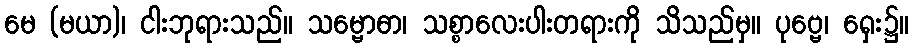
မေ (မယာ)၊ ငါးဘုရားသည်။ သမ္ဗောဓာ၊ သစ္စာလေးပါးတရားကို သိသည်မှ။ ပုဗ္ဗေ၊ ရှေး၌။